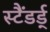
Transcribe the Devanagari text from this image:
स्टैंडर्ड्